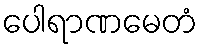
ပေါရာဏမေတံ